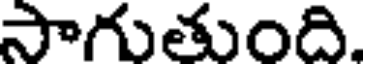
సాగుతుంది.